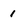
Character: 1